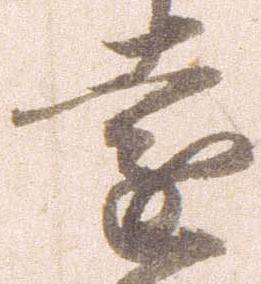
遠